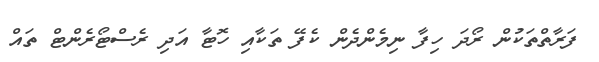
ފަރާތްތަކުން ރޯދަ ހިފާ ނިމެންދެން ކެފޭ ތަކާއި ހޮޓާ އަދި ރެސްޓޯރެންޓް ތައް